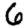
Digit: 6